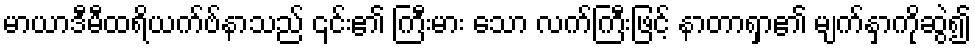
မာယာဒီမီထရိယက်ဗ်နာသည် ၎င်း၏ ကြီးမား သော လက်ကြီးဖြင့် နာတာရှာ၏ မျက်နှာကိုဆွဲ၍